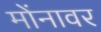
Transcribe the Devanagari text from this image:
मोंनावर